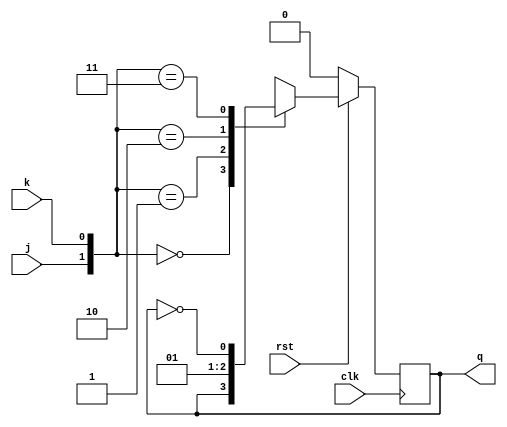
module jk_ff(j,k,clk,q,rst);
    input j,k,clk,rst;
    output reg q;
    
  always@(negedge clk)//synchronous reset
    begin
        if (!rst)//rst == 0 or !rst -- Active  Low Reset
            q <= 0;
        else
        begin
            case({j,k})
                2'b00: q <= q;
                2'b01: q <= 0;
                2'b10: q <= 1;
                2'b11: q <= ~q;
            endcase
        end
    end
    
endmodule